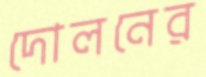
দোলনের